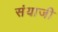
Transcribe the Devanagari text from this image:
संयाजी